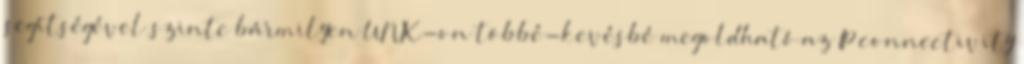
segítségével szinte bármilyen UNIX-on többé-kevésbé megoldható az IP connectivity